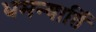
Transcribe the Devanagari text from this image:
धमन्यार्ति